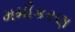
મમીકરણ